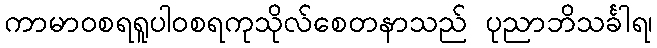
ကာမာဝစရရူပါဝစရကုသိုလ်စေတနာသည် ပုညာဘိသင်္ခါရ၊